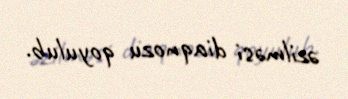
əzilməsi diaqnozu qoyulub.